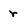
Character: r